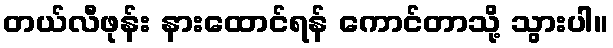
တယ်လီဖုန်း နားထောင်ရန် ကောင်တာသို့ သွားပါ။